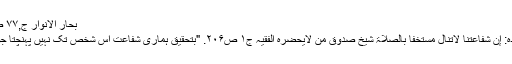
بحار الانوار ج,۷۷ ص.۵۸ اصول کافی ج۲ ص۶۵
↑ از امام صادق(ع) روایت شدہ: إنَّ شَفاعَتَنا لاتَنالُ مُستَخِفَّاً بِالصّلاۃ شیخ صدوق من لایحضرہ الفقیہ ج۱ ص۲۰۶. "بتحقیق ہماری شفاعت اس شخص تک نہیں پہنچتا جو نماز کو اہمیت نہیں دیتا ہے۔